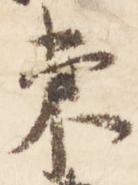
東